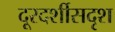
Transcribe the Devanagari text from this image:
दूरदर्शीसदृश